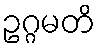
ဥဂ္ဂမတိ